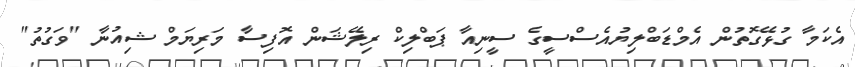
އެކަމާ ގުޅޭގޮތުން އެމްޑަބްލިޔުއެސްސީގެ ސީނިއާ ޕަބްލިކް ރިލޭޝަން އޮފިސާ މަރިޔަމް ޝިއުނާ "ވަގުތު"